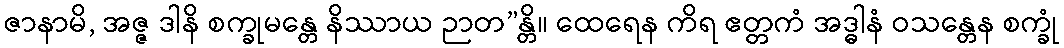
ဇာနာမိ, အဇ္ဇ ဒါနိ စက္ခုမန္တေ နိဿာယ ဉာတ”န္တိ။ ထေရေန ကိရ ဧတ္တကံ အဒ္ဓါနံ ဝသန္တေန စက္ခုံ